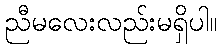
ညီမလေးလည်းမရှိပါ။